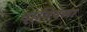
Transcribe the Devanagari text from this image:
दावियेला